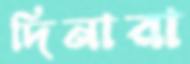
দিনারা